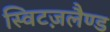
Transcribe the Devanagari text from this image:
स्विटज़लैण्ड